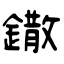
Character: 鏾